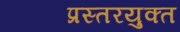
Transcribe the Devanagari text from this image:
प्रस्तरयुक्त